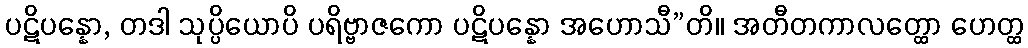
ပဋိပန္နော, တဒါ သုပ္ပိယောပိ ပရိဗ္ဗာဇကော ပဋိပန္နော အဟောသီ”တိ။ အတီတကာလတ္ထော ဟေတ္ထ